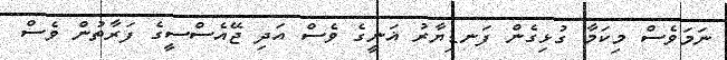
ނަމަވެސް މިކަމާ ގުޅިގެން ފަނޑިޔާރު ޣަނީގެ ވެސް އަދި ޖޭއެސްސީގެ ފަރާތުން ވެސް